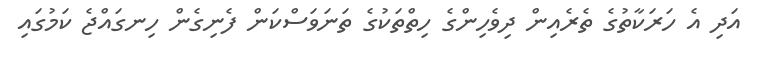
އަދި އެ ހަރަކާތުގެ ތެރެއިން ދިވެހިންގެ ހިތްތަކުގެ ތަނަވަސްކަން ފެނިގެން ހިނގައްޖެ ކަމުގައި